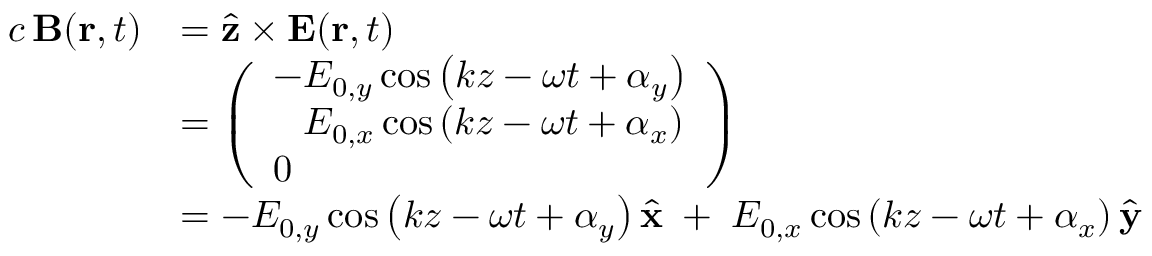
{ \begin{array} { r l } { c \, \mathbf { B } ( \mathbf { r } , t ) } & { = { \hat { \mathbf { z } } } \times \mathbf { E } ( \mathbf { r } , t ) } \\ & { = { \left( \begin{array} { l } { - E _ { 0 , y } \cos \left( k z - \omega t + \alpha _ { y } \right) } \\ { { \hphantom { - } } E _ { 0 , x } \cos \left( k z - \omega t + \alpha _ { x } \right) } \\ { 0 } \end{array} \right) } } \\ & { = - E _ { 0 , y } \cos \left( k z - \omega t + \alpha _ { y } \right) { \hat { \mathbf { x } } } \; + \; E _ { 0 , x } \cos \left( k z - \omega t + \alpha _ { x } \right) { \hat { \mathbf { y } } } } \end{array} }